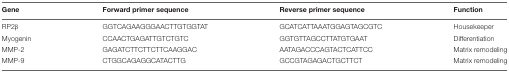
<table><thead><tr><td><b>Gene</b></td><td><b>Forward primer sequence</b></td><td><b>Reverse primer sequence</b></td><td><b>Function</b></td></tr></thead><tbody><tr><td>RP2β</td><td>GGTCAGAAGGGAACTTGTGGTAT</td><td>GCATCATTAAATGGAGTAGCGTC</td><td>Housekeeper</td></tr><tr><td>Myogenin</td><td>CCAACTGAGATTGTCTGTC</td><td>GGTGTTAGCCTTATGTGAAT</td><td>Differentiation</td></tr><tr><td>MMP-2</td><td>GAGATCTTCTTCTTCAAGGAC</td><td>AATAGACCCAGTACTCATTCC</td><td>Matrix remodeling</td></tr><tr><td>MMP-9</td><td>CTGGCAGAGGCATACTTG</td><td>GCCGTAGAGACTGCTTCT</td><td>Matrix remodeling</td></tr></tbody></table>